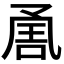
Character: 𭂶